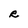
Character: R